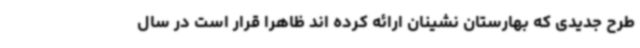
طرح جدیدی که بهارستان نشینان ارائه کرده اند ظاهرا قرار است در سال